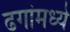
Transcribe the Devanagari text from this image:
ढगांमध्ये